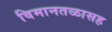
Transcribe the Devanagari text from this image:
विमानतळासह